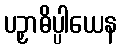
ပဉှာဓိပ္ပါယေန